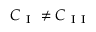
C _ { \mathrm { ~ I ~ } } \neq C _ { \mathrm { ~ I ~ I ~ } }